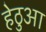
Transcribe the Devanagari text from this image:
हेठुआ